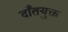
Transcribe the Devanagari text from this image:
दाँतयुक्त